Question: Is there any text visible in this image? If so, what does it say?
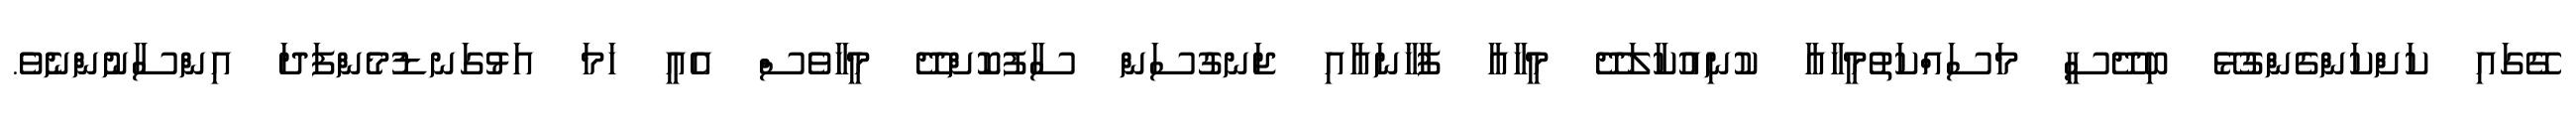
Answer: ގޭގައި ކަށްކަންގެންގުޅޭ ބިދޭސީ މަސައްކަތުމީހާއާ ކުނިއުކާލަދޭ މީހާއާ ފާޚާނައާއި ޖަނގުސަން ސާފުކޮށްދޭ މީހާވެސް އެއީ ހަމަ އަޅުގަނޑުމެންފަދަ އިންސާނުންނެވެ.